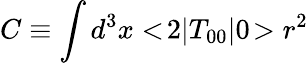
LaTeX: C\equiv\int d^{3}x<\! 2|T_{00}|0\! >r^{2}